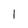
Character: l